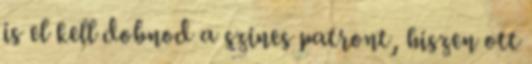
is el kell dobnod a szines patront, hiszen ott